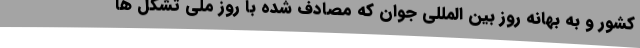
کشور و به بهانه روز بین المللی جوان که مصادف شده با روز ملی تشکل ها